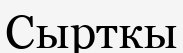
Сырткы